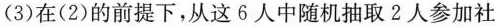
(3)在(2)的前提下，从这6人中随机抽取2人参加社